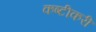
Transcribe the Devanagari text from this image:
कष्टीकरी